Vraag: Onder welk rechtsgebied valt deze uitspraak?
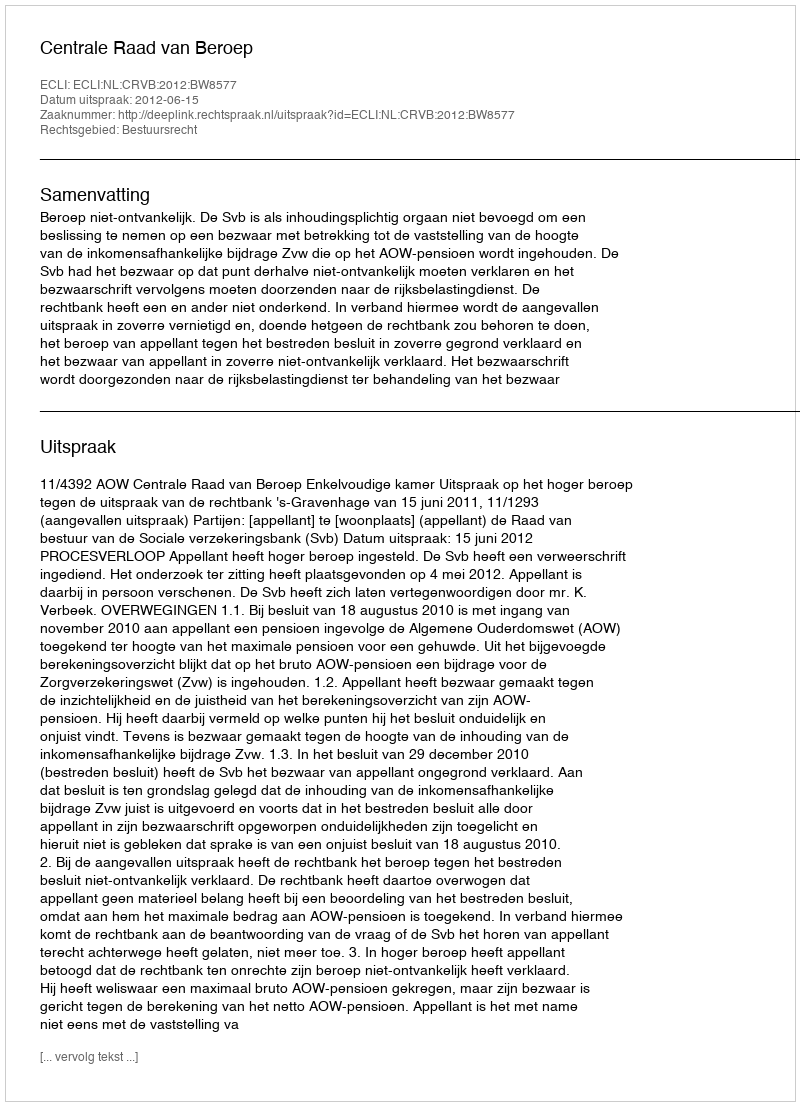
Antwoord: Bestuursrecht